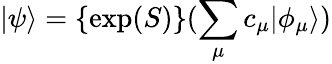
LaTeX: |\psi\rangle=\{ \exp(S)\} (\sum_{\mu}c_{\mu}|\phi_{\mu}\rangle)